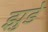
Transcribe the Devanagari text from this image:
झुडे